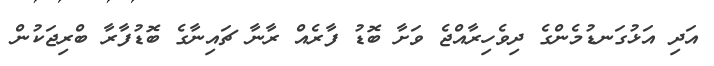
އަދި އަޅުގަނޑުމެންގެ ދިވެހިރާއްޖެ ވަށާ ބޮޑު ފާރެއް ރާނާ ޗައިނާގެ ބޮޑުފާރާ ބްރިޖަކުން